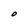
Character: O